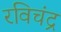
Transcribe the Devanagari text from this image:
रविचंद्र